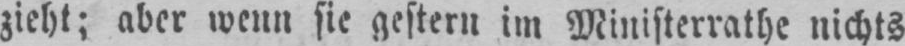
zieht; aber wenn sie gestern im Ministerrathe nichts